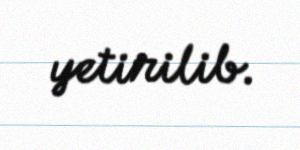
yetirilib.